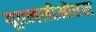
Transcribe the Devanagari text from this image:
यूएलसीओएस